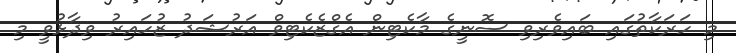
މި ހަރަކާތުގައި ބައިވެރިވި ސޮނީގެ މާކެޓިން އެގްޒެކެޓިވް އަރުޝަދު ޒުހައިރު ވިދާޅުވީ މި